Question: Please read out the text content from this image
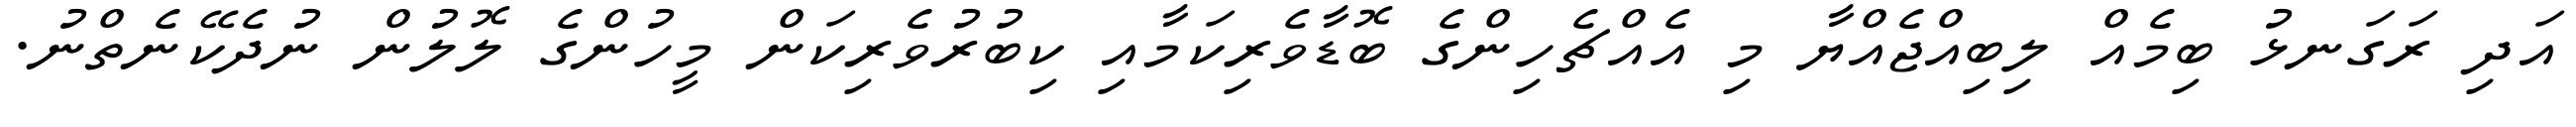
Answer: އަދި ރަގަނޅު ބިމެއް ލިބިއްޖެއްޔާ މި އެއްޗެހިންގެ ބޮޑާވެރިކަމާއި ކިބުރުވެރިކަން މީހުންގެ ލޮލުން ނުދެކޭނެތްނު.